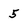
Character: 5